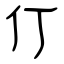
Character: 仃